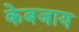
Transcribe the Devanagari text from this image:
केबजाय